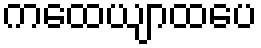
ကထေယျာထပေ